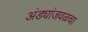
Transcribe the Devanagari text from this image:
अंड्यांजवळचा